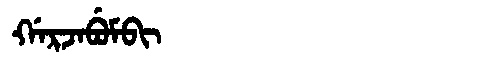
Manchu: ᡤᠠᡵᠵᠠᠪᡠᠮᠪᡳ
Romanization: GARJABUMBI